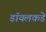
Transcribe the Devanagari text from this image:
डॉयलकडे